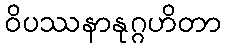
ဝိပဿနာနုဂ္ဂဟိတာ